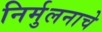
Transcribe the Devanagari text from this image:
निर्मुलनाचे